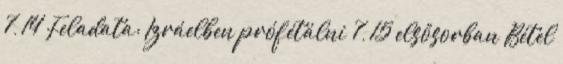
7, 14 Feladata: Izráelben prófétálni 7, 15 elsősorban Bétel